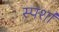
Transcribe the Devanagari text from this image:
स्पर्शा